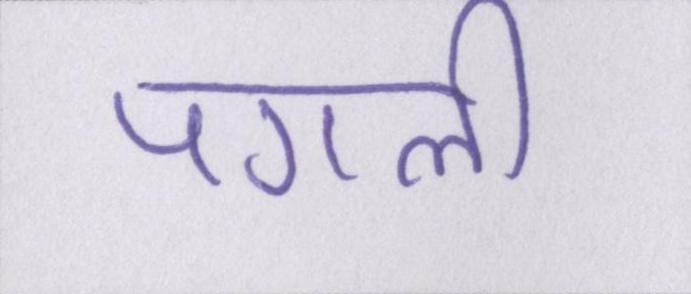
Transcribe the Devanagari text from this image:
पगली